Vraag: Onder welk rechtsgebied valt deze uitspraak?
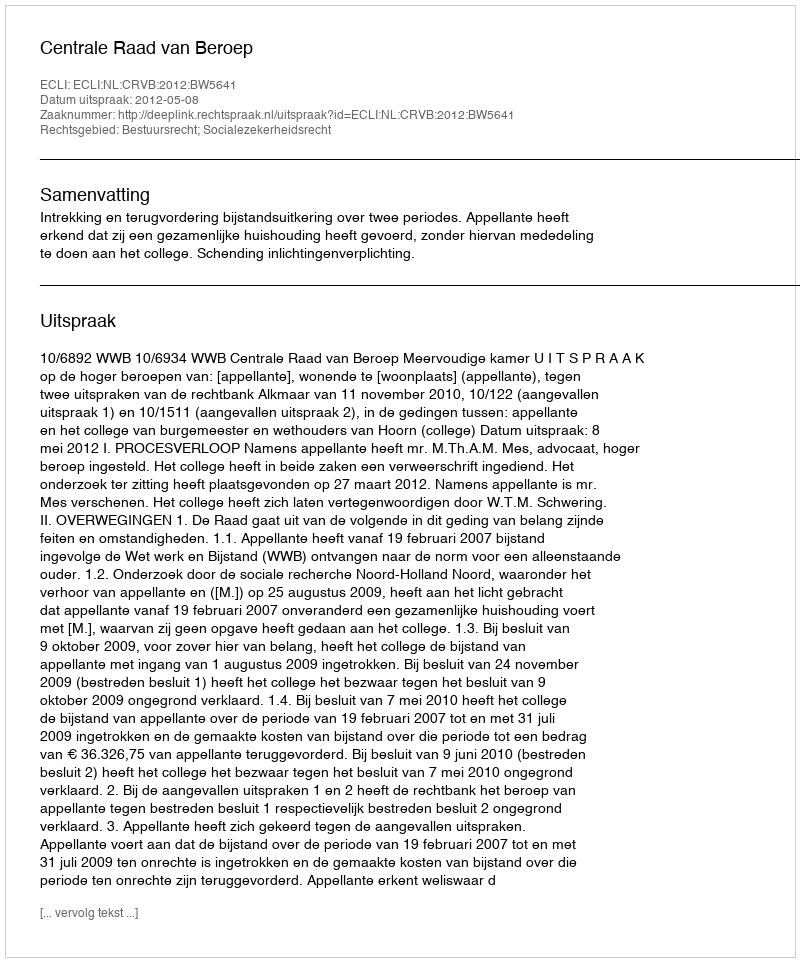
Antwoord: Bestuursrecht; Socialezekerheidsrecht